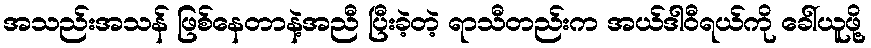
အသည်းအသန် ဖြစ်နေတာနဲ့အညီ ပြီးခဲ့တဲ့ ရာသီတည်းက အယ်ဒါဝီရယ်ကို ခေါ်ယူဖို့